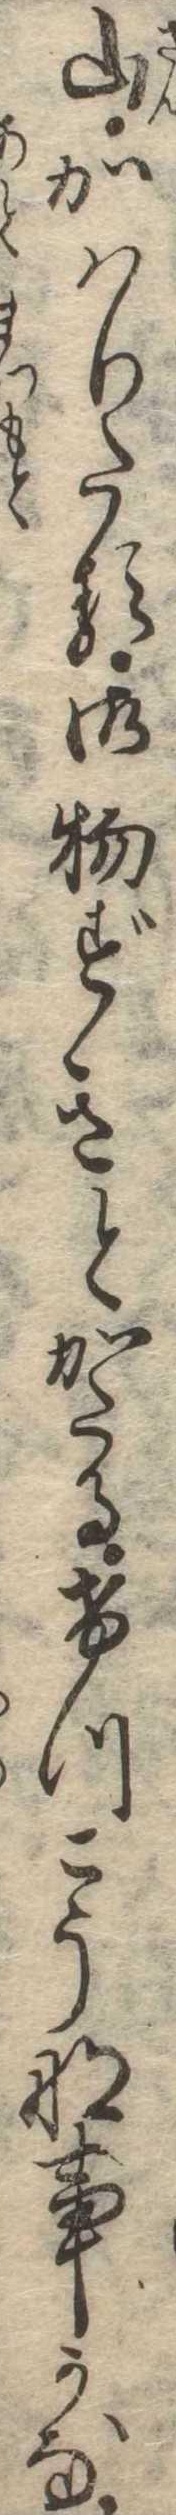
山かはりたる御物ずきとかたるけつこうな事かな